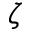
\zeta